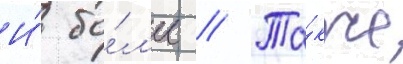
И́ бо́л'ее // Та́кже